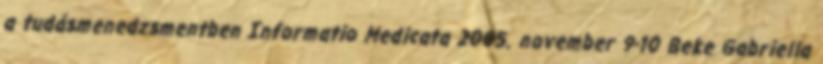
a tudásmenedzsmentben Informatio Medicata 2005. november 9-10 Beke Gabriella